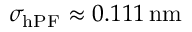
\sigma _ { \mathrm { h P F } } \approx 0 . 1 1 1 \, \mathrm { n m }